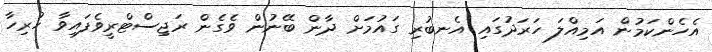
އެހެންކަމުން އަމިއްލަ ހަރަދުގައި އެނބުރި ގައުމަށް ދާން ބޭނުން ވެގެން ރަޖިސްޓްރީވެފައިވާ ހުރިހާ